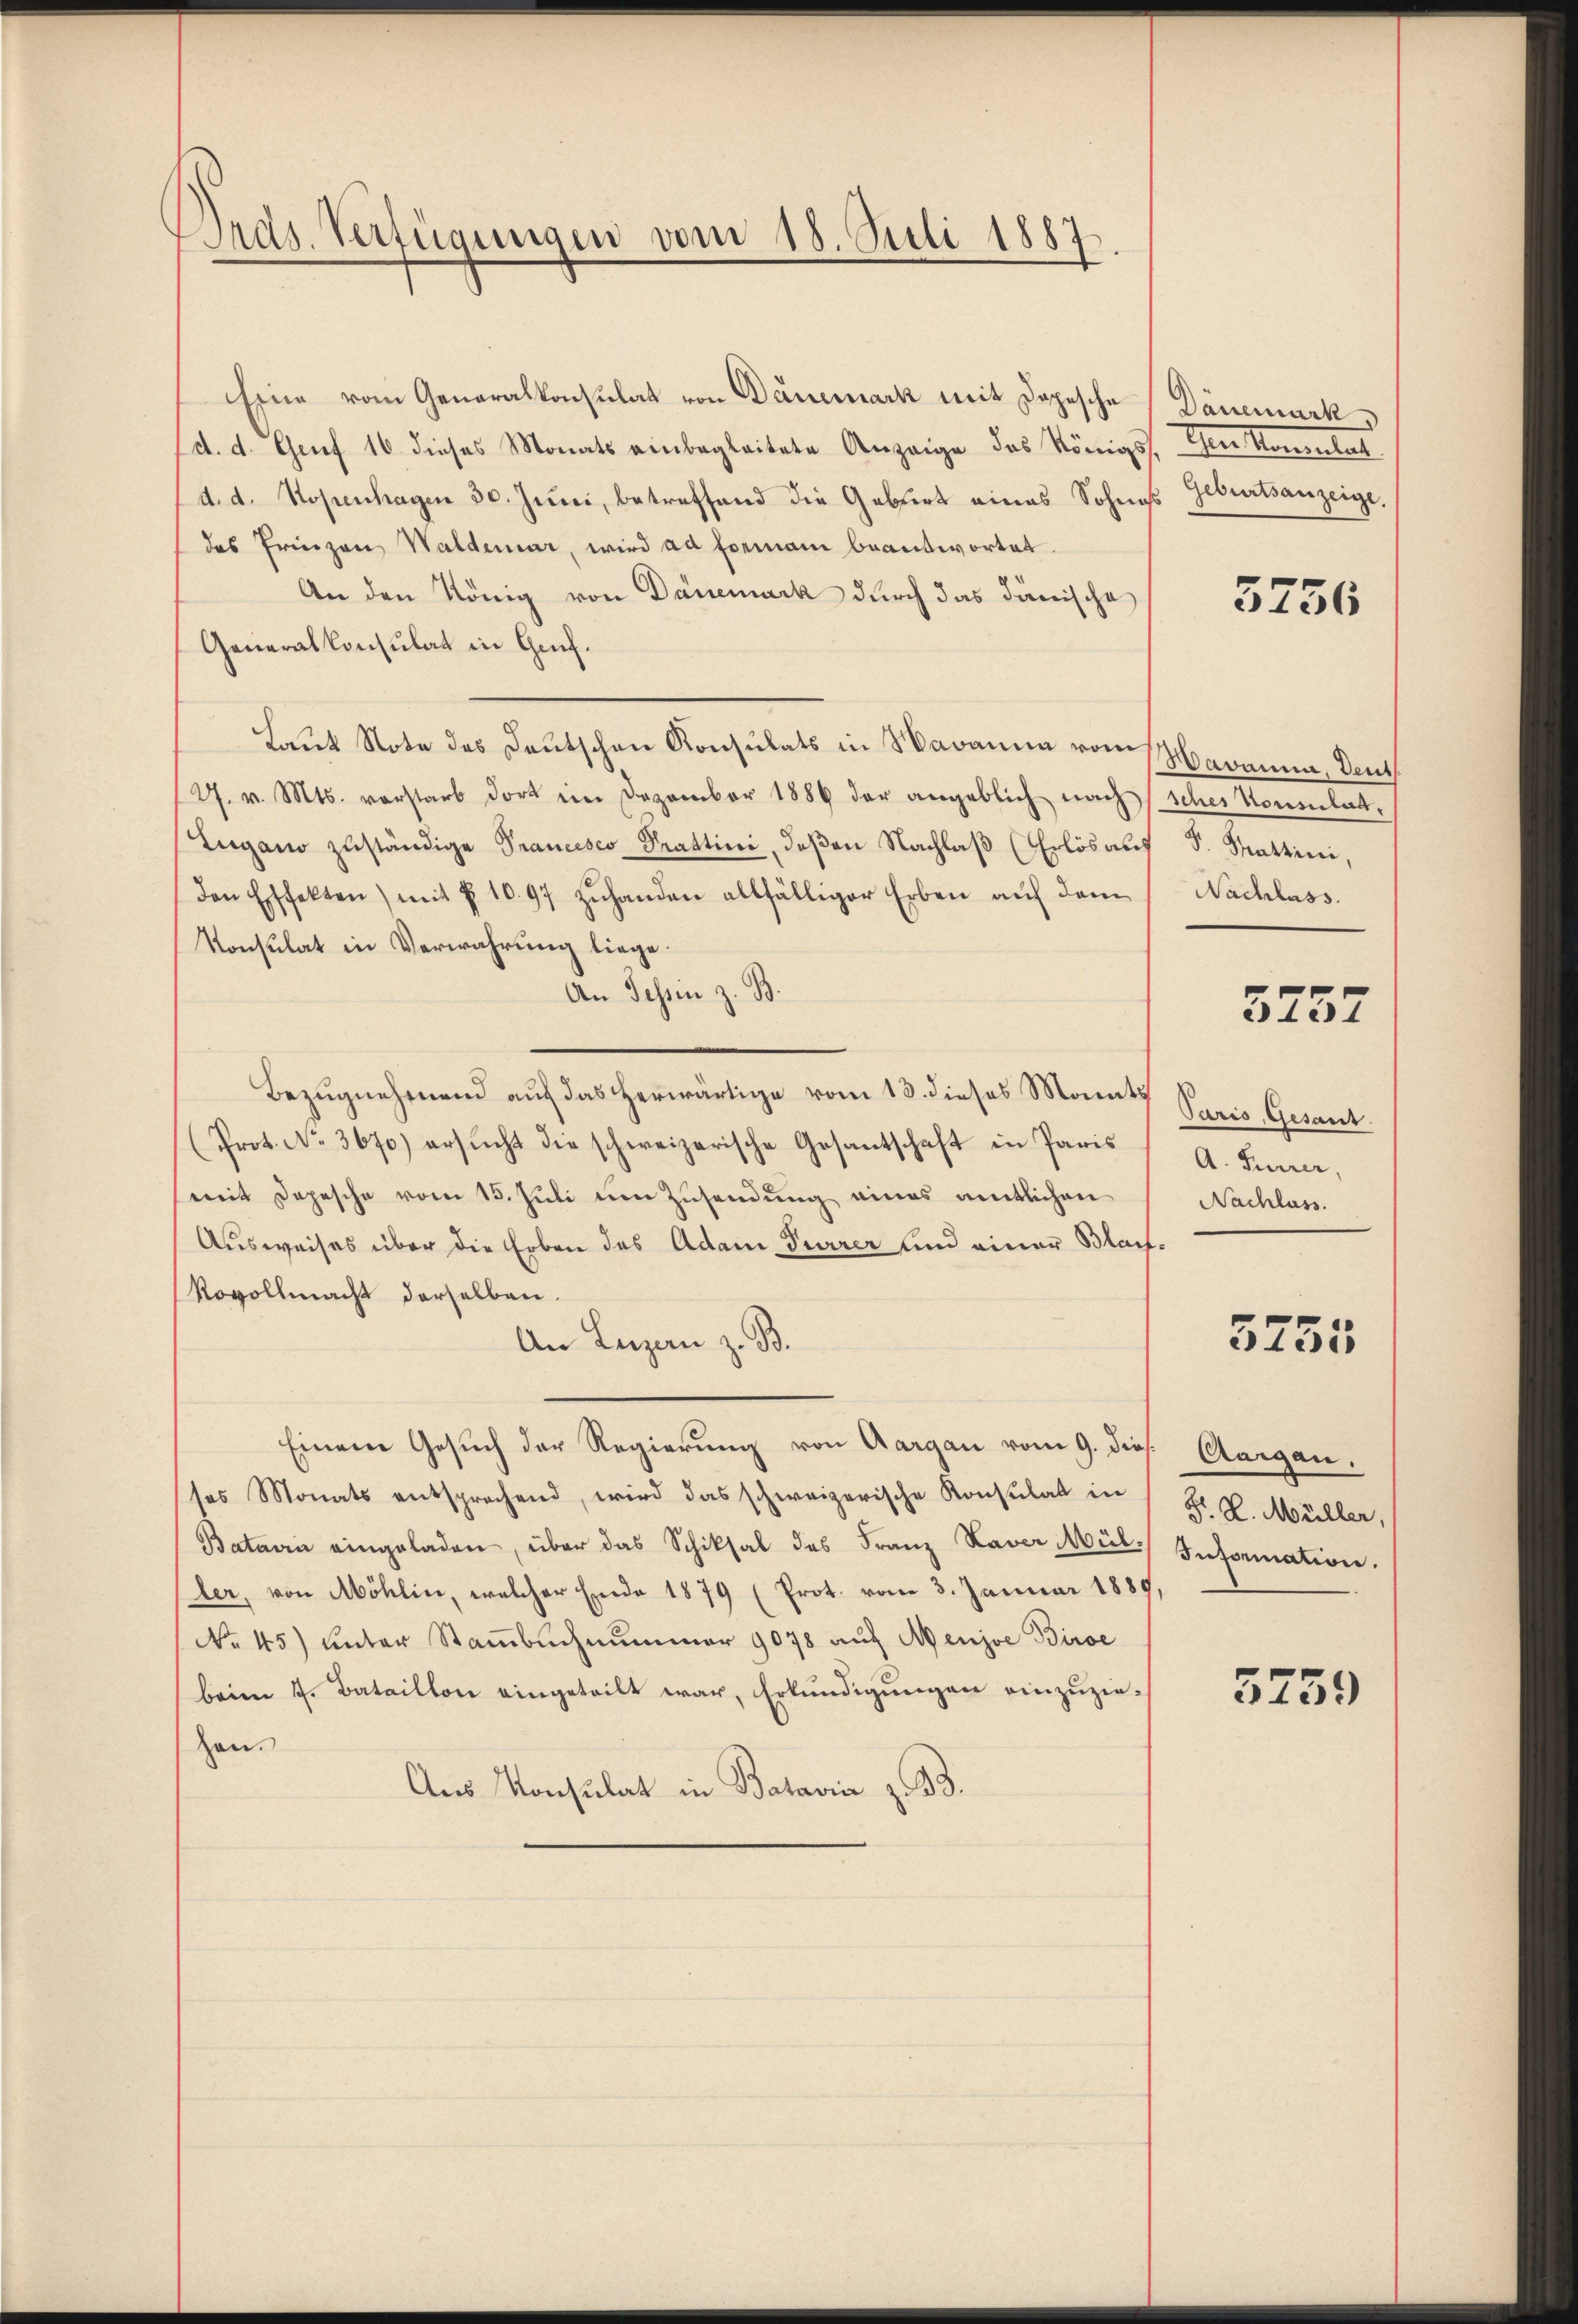
Präs. Verfügungen vom 18. Juli 1887.

Eine vom Generalkonsulat von Dänemark mit Depesche
(d. d. Grief 16 dieses Monats einbegleitete Anzeige des Königs den Konsulat
d. d. Kopenhagen 30. Juni, betreffend die Gebiert eines Sohness
das Prinzen Waldenar, wird ad formani beantwortet.
An den König von Dänemark durch das dänische
Generalkonsulat in Genf.
Laut Note des Deutschen Konsulats in Navanna vom Havann, Deut
J. v. Mts. vorstarb dort im Dezember 1886 der angeblich nach scher Konsulat.
Zugano zuständige Prancesco Prattini, deβen Nachlaβ (Erlös aus d. Mattini,
den Effekten) mit § 1097 zŭhanden allfälliger Erben aŭf dem Nachlass.
Konsulat in Verwahrung liege.
An Tessin z. B.
Bezugnehmend auf das herwärtige vom 13. dieses Monats
(Prot. No. 3670) ersucht die schweizerische Gesantschaft in Paris
mit Depesche vom 15. Juli um Zusendung eines amtlichen
Ausweises über die Erben des Adam Furrer und einer Blaif¬
Rovollmacht derselben.
An Luzern z. B.
Einem Gesuch der Regierung von Aargau vom 9. dies
ses Monats entsprechend, wird das schweizerische Konsulat in
Batavia eingeladen, über das Schiksal des Franz Xaver Mül Information.
der, von Möhlin, welcher Ende 1879 (Prot. vom 3. Januar 1889,
No 45) unter Stammbuchnunger 9078 auf Menjoe Birse
beim 7. Bataillon eingeteilt war, Erkundigungen einzuziehen.
Aus Konsulat in Batavia z. B.

Dänemark
Geburtsanzeige.

3756

5757

Paris, Gesant.
A. Furrer,
Nachlass.

5755

Aargau,
Hr. R. Müller,

5759